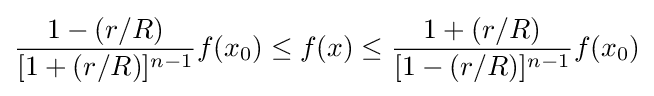
{\frac {1-(r/R)}{[1+(r/R)]^{n-1}}}f(x_{0})\leq f(x)\leq {1+(r/R) \over [1-(r/R)]^{n-1}}f(x_{0})